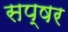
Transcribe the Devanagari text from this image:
सप्षर